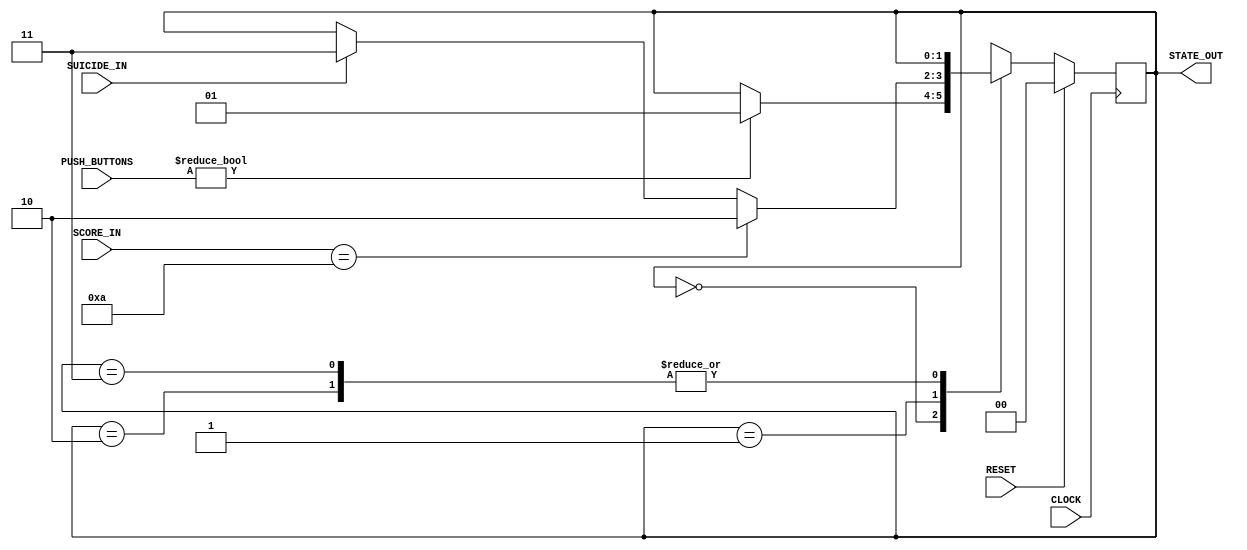
`timescale 1ns / 1ps
//////////////////////////////////////////////////////////////////////////////////
// Company: 
// Engineer: 
// 
// Design Name: 
// Module Name:    MasterStateMachine 
// Project Name: 
// Target Devices: 
// Tool versions: 
// Description: 
//
// Dependencies: 
//
// Revision: 
// Revision 0.01 - File Created
// Additional Comments: 
//
//////////////////////////////////////////////////////////////////////////////////
module MasterStateMachine(
    input RESET,
    input CLOCK,
    input [3:0] PUSH_BUTTONS,
    input [3:0] SCORE_IN, // only 6 because we dont need the dot i think
    output [1:0] STATE_OUT,
	 input SUICIDE_IN
    );

	 reg [1:0] CurrState;
	 reg [1:0] NextState;

	assign STATE_OUT = CurrState; 
	
// synchronous logic
always@(posedge CLOCK) begin
	if(RESET) begin
		CurrState <= 2'b00; // the idle state
	end 
	else begin
		CurrState <= NextState;
	end
end

// asynchronous logic
always@(PUSH_BUTTONS or SCORE_IN or SUICIDE_IN or CurrState) begin
	case(CurrState)
		2'b00: begin // in idle state
			if(PUSH_BUTTONS)
				NextState <= 2'b01; // the play state				
			else
				NextState <= CurrState;			
		end
		2'b01: begin
			if(SCORE_IN == 10)
				NextState <= 2'b10;						
			else if(SUICIDE_IN)
				NextState <= 2'b11;
			else
				NextState <= CurrState;	
		end
		2'b10: // this is the "you win"-state
			NextState <= CurrState;		
		2'b11: // this is the "you lose"-state
			NextState <= CurrState;
	endcase
end

endmodule